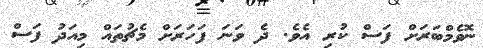
ނޮވެމްބަރަށް ފަސް ކުރި އެވެ. ދެ ވަނަ ފަހަރަށް މެޗުތައް މިއަދު ފަސް